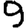
Digit: 9